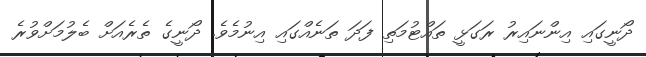
ދޯނީގައި އިންނައިރު ރަގަޅީ ތައްޓުމަތި ފަދަ ތަނެއްގައި އިނުމެވެ. ދޯނީގެ ތެރެއަށް ބެލުމަށްވުރެ